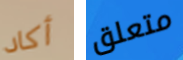
أكاد متعلق